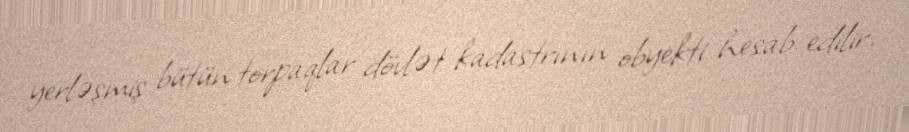
yerləşmiş bütün torpaqlar dövlət kadastrının obyekti hesab edilir.